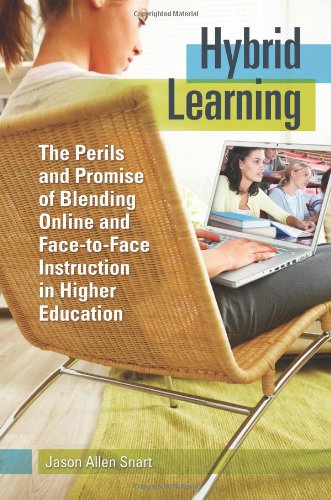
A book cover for Hybrid Learning: The Perils and Promise of Blending Online and Face-to-Face Instruction in Higher Education; Jason Allen Snart; Education & Teaching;